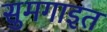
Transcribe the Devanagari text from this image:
सुमगाइत